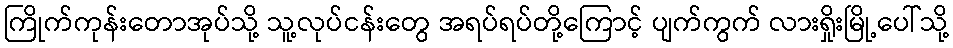
ကြိုက်ကုန်းတောအုပ်သို့ သူ့လုပ်ငန်းတွေ အရပ်ရပ်တို့ကြောင့် ပျက်ကွက် လားရှိုးမြို့ပေါ်သို့